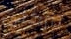
تتركنى